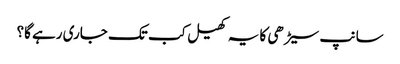
سانپ سیڑھی کا یہ کھیل کب تک جاری رہے گا؟